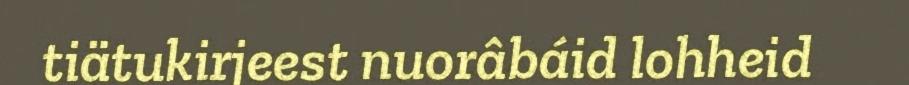
tiätukirjeest nuorâbáid lohheid